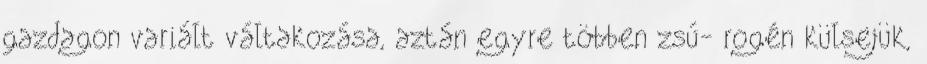
gazdagon variált váltakozása, aztán egyre többen zsú- rogén külsejük,